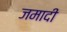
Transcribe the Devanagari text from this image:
जमादी